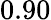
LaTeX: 0.90